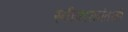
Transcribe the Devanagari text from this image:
स्वीकारानंतरही